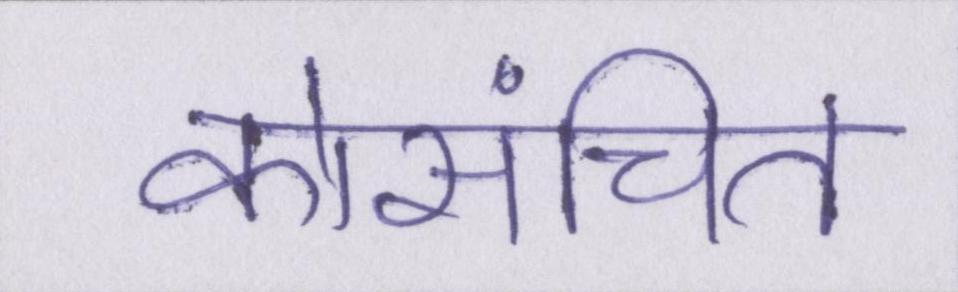
कोसंचित